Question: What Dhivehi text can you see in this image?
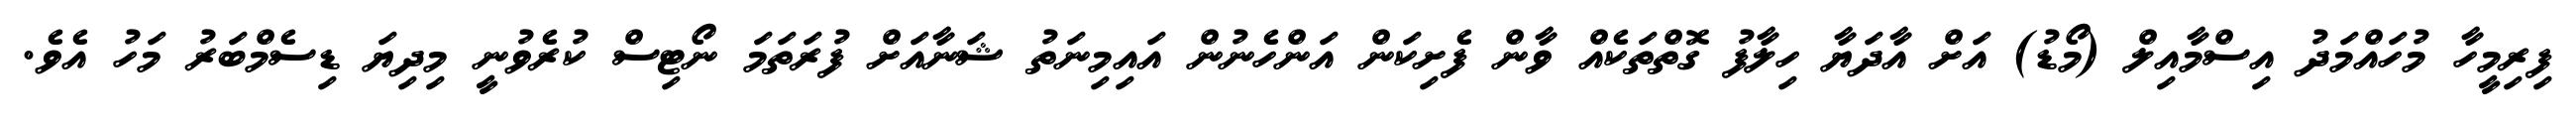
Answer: ފިރިމީހާ މުހައްމަދު އިސްމާއިލް (މޯޑު) އަށް އާދަޔާ ހިލާފު ގޮތްތަކެއް ވާން ފެށިކަން އަންހެނުން އައިމިނަތު ޝަނާއަށް ފުރަތަމަ ނޯޓިސް ކުރެވުނީ މިދިޔަ ޑިސެމްބަރު މަހު އެވެ.